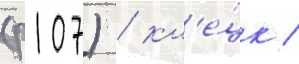
(р107) / кл'е́цк /